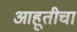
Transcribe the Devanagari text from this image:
आहूतीचा